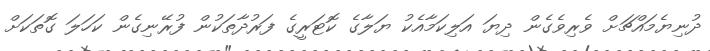
ދުނިޔެމައްޗަށް ވެރިވެގެން ދިޔަ އަލިކަމާއެކު ޔަލާގެ ކޮޓަރީގެ ފަރުދާތަކުން ފުރޭނިގެން ކަހަލަ ގޮތަކަށް